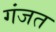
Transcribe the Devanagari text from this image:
गंजत